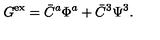
G ^ { \mathrm { e x } } = \bar { C } ^ { a } \Phi ^ { a } + \bar { C } ^ { 3 } \Psi ^ { 3 } .